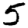
Digit: 5